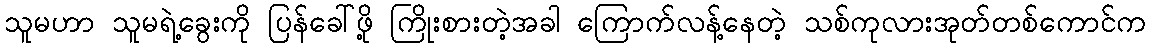
သူမဟာ သူမရဲ့ခွေးကို ပြန်ခေါ်ဖို့ ကြိုးစားတဲ့အခါ ကြောက်လန့်နေတဲ့ သစ်ကုလားအုတ်တစ်ကောင်က